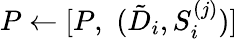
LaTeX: P\leftarrow[P,\, \, (\tilde{D}_{i},S_{i}^{(j)})]